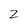
Character: Z